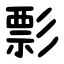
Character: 彯